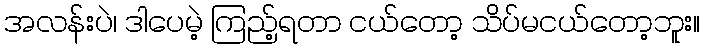
အလန်းပဲ၊ ဒါပေမဲ့ ကြည့်ရတာ ငယ်တော့ သိပ်မငယ်တော့ဘူး။